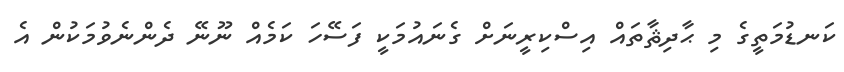
ކަނޑުމަތީގެ މި ޙާދިޘާތައް އިސްކިރީނަށް ގެނައުމަކީ ފަސޭހަ ކަމެއް ނޫނޭ ދެންނެވުމަކުން އެ